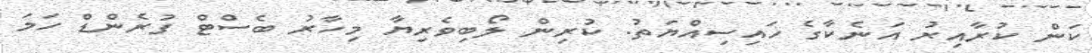
ކަން ކުރާއިރު އަނެކާގެ ހައިސިއްޔަތު. ކުރިން ލޯބިވެރިޔާ މިހާރު ބެސްޓް ފުރެންޑް ހަމަ